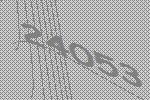
24053